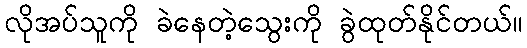
လိုအပ်သူကို ခဲနေတဲ့သွေးကို ခွဲထုတ်နိုင်တယ်။